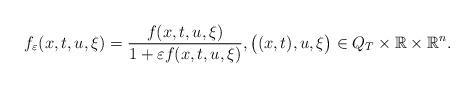
LaTeX: \begin{align*} f_\varepsilon(x,t,u,\xi)=\frac{f(x,t,u,\xi)}{1+\varepsilon f(x,t,u,\xi)},\big((x,t),u,\xi\big)\in Q_T\times \mathbb{R}\times\mathbb{R}^n.\end{align*}